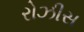
રોઝીસ